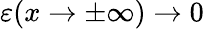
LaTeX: \varepsilon(x\rightarrow\pm\infty)\rightarrow 0